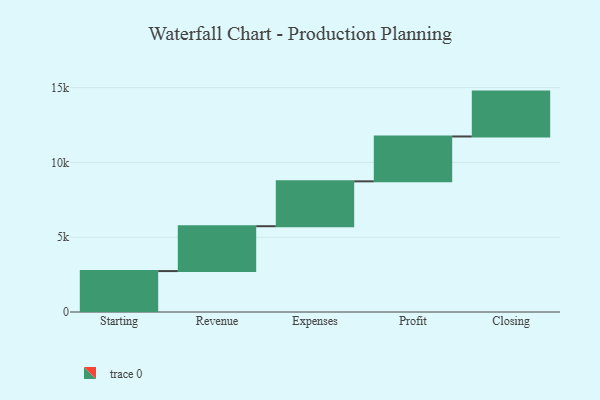
{"axis": {"x": "Step", "y": "Value"}, "legend": [""], "data": [{"x": "Starting", "y": 2736.0, "type": ""}, {"x": "Revenue", "y": 3000, "type": ""}, {"x": "Expenses", "y": 3000, "type": ""}, {"x": "Profit", "y": 3000, "type": ""}, {"x": "Closing", "y": 3000, "type": ""}]}